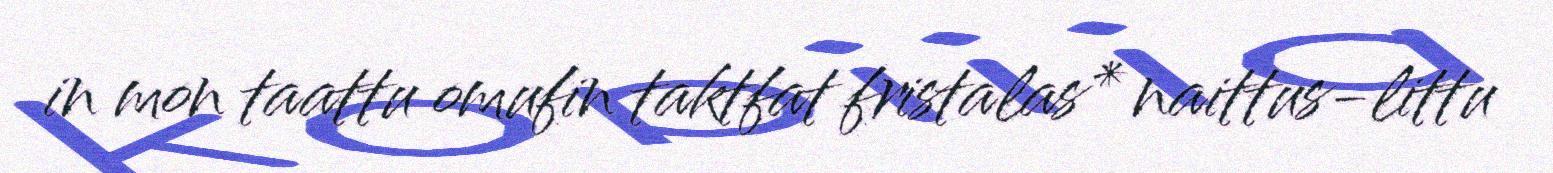
in mon taattu omufin taktfat fristalas* naittus-littu